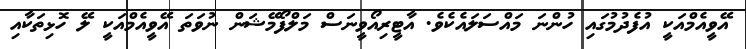
އޭވީއެމްއަކީ އުފެދުމުގައި ހުންނަ މައްސަލައެކެވެ. އާޓީރިއޯވީނަސް މަލްފޯމޭޝަން ނުވަތަ އޭވީއެމްއަކީ ލޭ ހޮޅިތަކާއި